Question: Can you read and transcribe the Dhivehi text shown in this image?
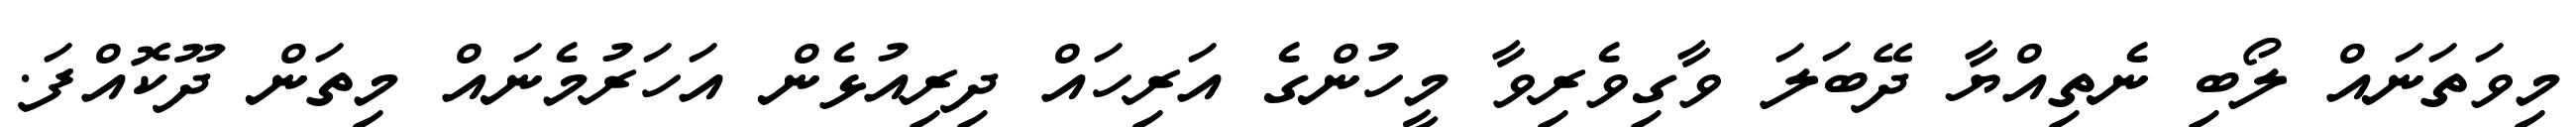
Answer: މިވަތަނައް ލޯބި ނެތިއްޔާ ދޭބަލަ ވާގިވެރިވާ މީހުންގެ އަރިހައް ދިރިއުޅެން އަހަރުމެނައް މިތަން ދޫކޮއްފަ.